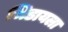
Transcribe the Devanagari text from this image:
भिडायला